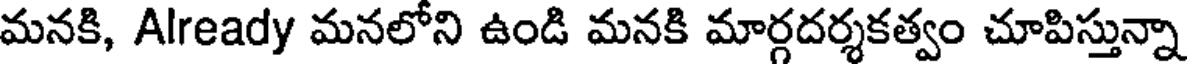
మనకి, Already మనలోని ఉండి మనకి మార్గదర్శకత్వం చూపిస్తున్నా